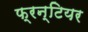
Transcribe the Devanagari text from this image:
फ्रन्टियर